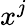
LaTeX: x^{j}